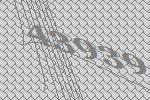
43939